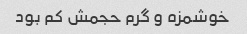
خوشمزه و گرم حجمش کم بود